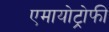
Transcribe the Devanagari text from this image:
एमायोट्रोफी